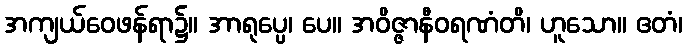
အကျယ်ဝေဖန်ရာ၌။ အာရုပ္ပေ၊ ပေ။ အဝိဇ္ဇာနီဝရဏံတိ၊ ဟူသော။ ဧတံ၊